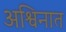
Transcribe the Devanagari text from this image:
अश्विनात